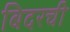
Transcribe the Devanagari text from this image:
बिदरची